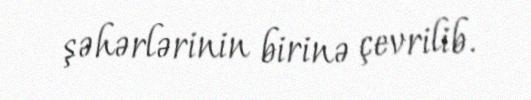
şəhərlərinin birinə çevrilib.